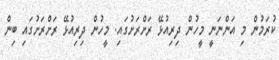
ކުރަމުން މި އަންނަނީ މީހުން ދިރިއުޅޭ ރަށްރަށުގައި. މީހުން ދިރިއުޅޭ ރަށްރަށުގައި ބިން